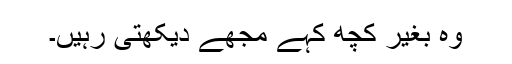
وہ بغیر کچھ کہے مجھے دیکھتی رہیں‌۔